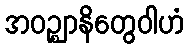
အဝဉ္ဈာနိတွေဝါဟံ